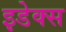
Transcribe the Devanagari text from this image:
इडेक्स